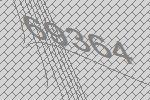
69364